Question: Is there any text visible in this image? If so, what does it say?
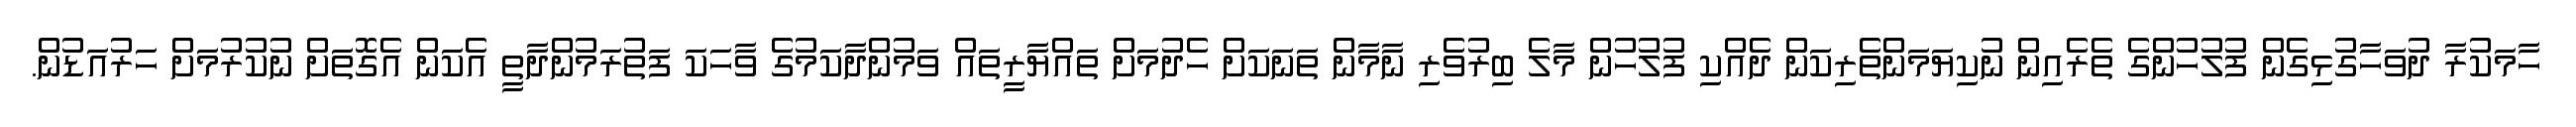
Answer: ހާމަކުރާ ދުވަހާގުޅިގެން ފުލުހުންގެ ތެރެއިން ނުކިޔަމަންތެރިކަން ދެއްކި ފުލުހުން މާލެ ބިރުވެރި ނާމާން ތަނަކަށް ހެދުމަށް ތައްޔާރީތައް ވަމުންދާކަމުގެ ވާހަކަ ފަތުރަމުންދާތީ އެކަން އެގޮތަށް ނުކުރުމަށް ހަރުއަޑުން.